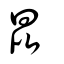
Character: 昆